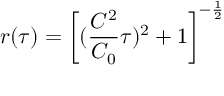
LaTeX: r ( \tau ) = \left[ ( \frac { C ^ { 2 } } { C _ { 0 } } \tau ) ^ { 2 } + 1 \right] ^ { - \frac { 1 } { 2 } }